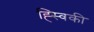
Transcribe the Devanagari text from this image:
ह्स्विकी